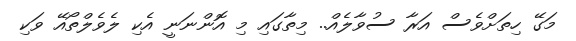
މަގޭ ހިތަށްވެސް އަރާ ސުވާލެއް.. މިތާގައި މި އޮންނަނީ އެކި ލެވެލްތޯއޭ ވަކި